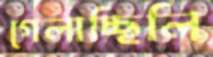
গেলাচ্ছিলি